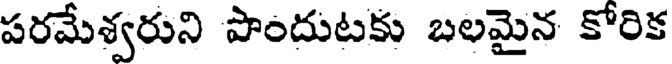
పరమేశ్వరుని పొందుటకు బలమైన కోరిక